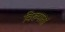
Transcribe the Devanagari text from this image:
विख्यातां